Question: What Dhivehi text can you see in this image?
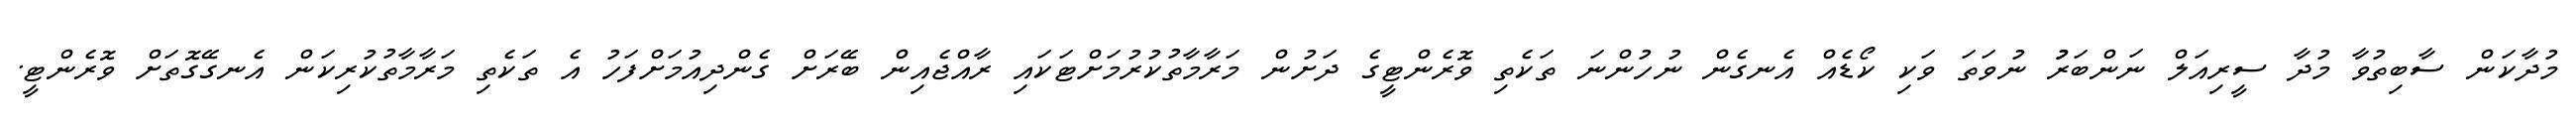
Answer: މުދާކަން ސާބިތުވާ މުދާ ސީރިއަލް ނަންބަރުު ނުވަތަ ވަކި ކޯޑެއް އެނގެން ނުހުންނަ ތަކެތި ވޮރެންޓީގެ ދަށުން މަރާމާތުކުރުމަށްޓަކައި ރާއްޖެއިން ބޭރަށް ގެންދިއުމަށްފަހު އެ ތަކެތި މަރާމާތުކުރިކަން އެނގޭގޮތަށް ވޮރެންޓީ.